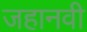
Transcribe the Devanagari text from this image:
जहानवी